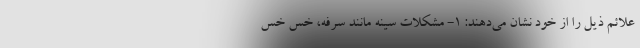
علائم ذیل را از خود نشان می‌دهند: ۱- مشکلات سینه مانند سرفه، خس خس